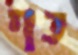
כף